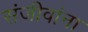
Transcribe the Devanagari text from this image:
संजीवांना